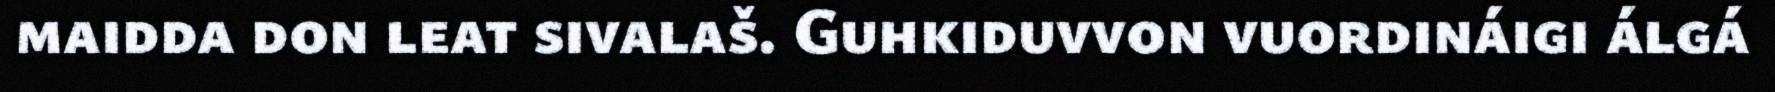
maidda don leat sivalaš. Guhkiduvvon vuordináigi álgá